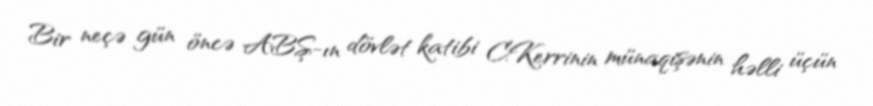
Bir neçə gün öncə ABŞ-ın dövlət katibi C.Kerrinin münaqişənin həlli üçün